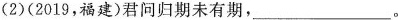
(2)(2019，福建)君问归期未有期，___。